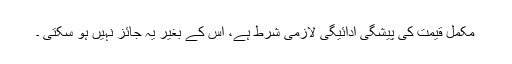
مکمل قیمت کی پیشگی ادائیگی لازمی شرط ہے، اس کے بغیر یہ جائز نہیں ہو سکتی ۔